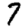
Digit: 7